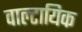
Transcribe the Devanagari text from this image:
वाल्टायिक